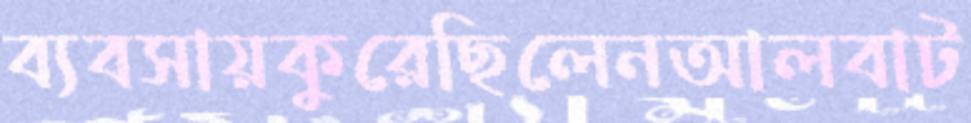
ব্যবসায়কুরেছিলেনআলবাট